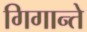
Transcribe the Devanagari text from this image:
गिगान्ते